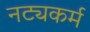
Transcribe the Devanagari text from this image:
नट्यकर्म